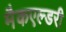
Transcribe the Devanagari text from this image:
मैकएल्डरी